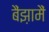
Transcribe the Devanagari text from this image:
बैंझ़ामैं